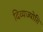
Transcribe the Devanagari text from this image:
दिव्यज्योति